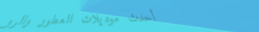
أحدث موديلات العطور والرو